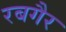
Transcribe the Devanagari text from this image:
रबगैर